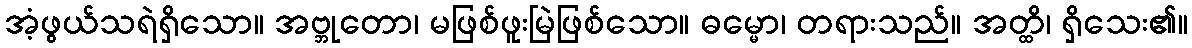
အံ့ဖွယ်သရဲရှိသော။ အဗ္ဘုတော၊ မဖြစ်ဖူးမြဲဖြစ်သော။ ဓမ္မော၊ တရားသည်။ အတ္ထိ၊ ရှိသေး၏။